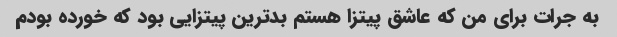
به جرات برای من که عاشق پیتزا هستم بدترین پیتزایی بود که خورده بودم